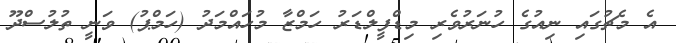
އެ މެޗުގައި ނިއުގެ ހުނަރުވެރި މިޑްފީލްޑަރު ހަމްޒާ މުހައްމަދު (ހަމްޕު) ވަނީ ތުލުސްދޫ